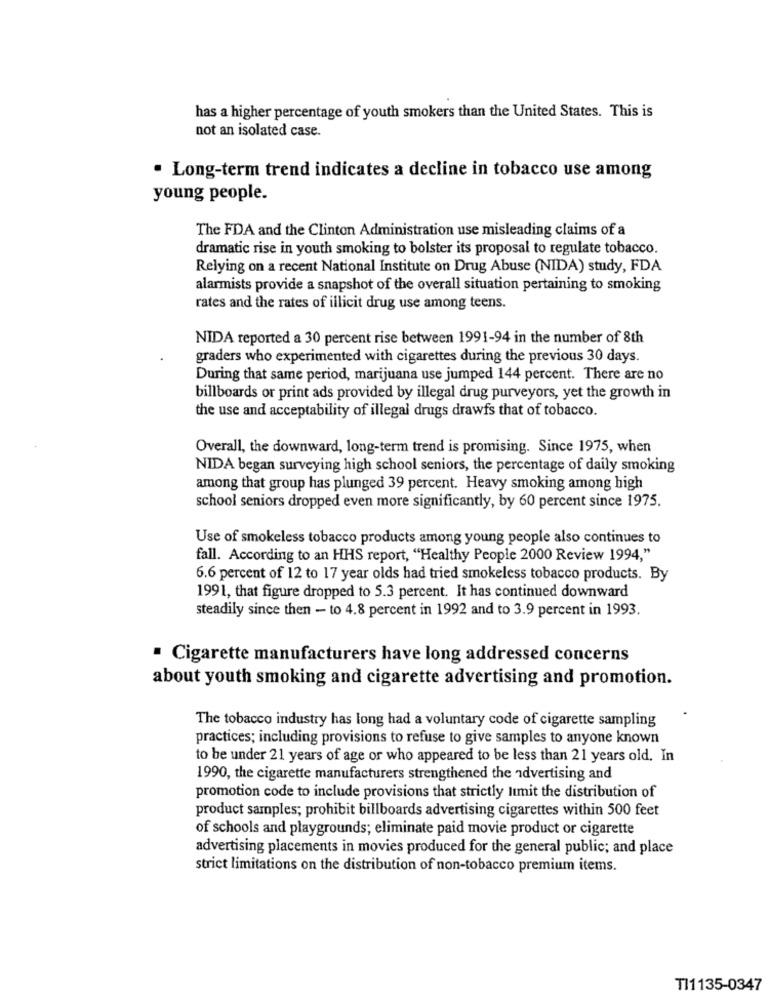
has a higher percentage of youth smokers than the United States. This is
not an isolated case.
· Long-term trend indicates a decline in tobacco use among
young people.
The FDA and the Clinton Administration use misleading claims of a
dramatic rise in youth smoking to bolster its proposal to regulate tobacco.
Relying on a recent National Institute on Drug Abuse (NIDA) study, FDA
alarmists provide a snapshot of the overall situation pertaining to smoking
rates and the rates of illicit drug use among teens.
NIDA reported a 30 percent rise between 1991-94 in the number of 8th
graders who experimented with cigarettes during the previous 30 days.
During that same period, marijuana use jumped 144 percent. There are no
billboards or print ads provided by illegal drug purveyors, yet the growth in
the use and acceptability of illegal drugs drawfs that of tobacco.
Overall, the downward, long-term trend is promising. Since 1975, when
NIDA began surveying high school seniors, the percentage of daily smoking
among that group has plunged 39 percent. Heavy smoking among high
school seniors dropped even more significantly, by 60 percent since 1975.
Use of smokeless tobacco products among young people also continues to
fall. According to an HHS report, "Healthy People 2000 Review 1994,"
6.6 percent of 12 to 17 year olds had tried smokeless tobacco products. By
1991, that figure dropped to 5.3 percent. It has continued downward
steadily since then - to 4.8 percent in 1992 and to 3.9 percent in 1993.
Cigarette manufacturers have long addressed concerns
about youth smoking and cigarette advertising and promotion.
The tobacco industry has long had a voluntary code of cigarette sampling
practices; including provisions to refuse to give samples to anyone known
to be under 21 years of age or who appeared to be less than 21 years old. In
1990, the cigarette manufacturers strengthened the advertising and
promotion code to include provisions that strictly limit the distribution of
product samples; prohibit billboards advertising cigarettes within 500 feet
of schools and playgrounds; eliminate paid movie product or cigarette
advertising placements in movies produced for the general public; and place
strict limitations on the distribution of non-tobacco premium items.
TI1135-0347